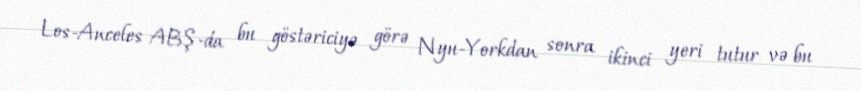
Los-Anceles ABŞ-da bu göstəriciyə görə Nyu-Yorkdan sonra ikinci yeri tutur və bu